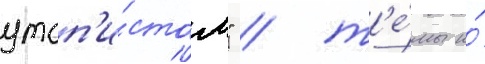
утоп'и́стом" / т'е́мы и́